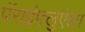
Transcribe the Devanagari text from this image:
पॅराइंफ्लुएंझा